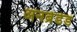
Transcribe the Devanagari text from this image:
अनब्रेडेड